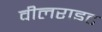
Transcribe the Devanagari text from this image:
वीलराइट